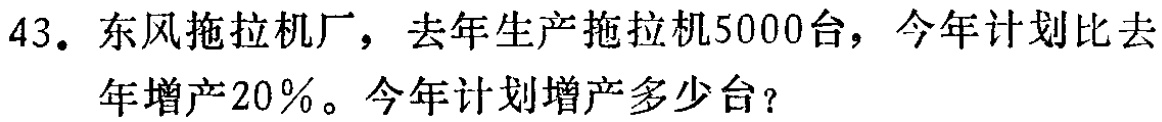
43. 东风拖拉机厂，去年生产拖拉机5000台，今年计划比去年增产20％。今年计划增产多少台？